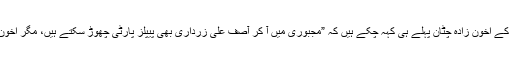
خیبر پختون خوا کے اخون زادہ چٹان پہلے ہی کہہ چکے ہیں کہ ”مجبوری میں آ کر آصف علی زرداری بھی پیپلز پارٹی چھوڑ سکتے ہیں، مگر اخون زادہ چٹان نہیں۔